system: You are a helpful assistant.
user:
Analyze the provided spectrum to determine if it is a **White Dwarf (WD)**.

A White Dwarf spectrum is defined by its **extreme purity** (due to gravitational settling) and/or **extreme pressure broadening** (due to high surface gravity). You must check for one of the following mutually exclusive signatures:

- **Key Visual Indicators (Check for ONE of these types):**

    - **1. DA-Type Signature (Most Common):**
        - **(Primary Feature):** Extreme pressure broadening (Stark broadening) of the **Hydrogen (H) Balmer lines**.
        - **(Key Lines):** $H\beta$ (approx. $4861$ Å) and $H\gamma$ (approx. $4340$ Å). $H\alpha$ (approx. $6563$ Å) will also be present if the wavelength range covers it.
        - **(Line Profile):** This is the **defining feature**. The lines are **NOT** sharp. They appear as massive, **extremely broad and deep "troughs" or "dips"** in the spectrum, often hundreds of Ångströms wide. The continuum will appear to "scoop" down at these wavelengths.
        - **(Distinction):** Normal A-type or B-type stars have *narrow* and *sharp* Hydrogen lines. A DA White Dwarf's lines are unmistakably "smeared" or "blurry" from pressure.

    - **2. DB-Type Signature:**
        - **(Primary Feature):** Broad absorption lines from **Neutral Helium (He I)**. The spectrum must lack any visible Hydrogen lines.
        - **(Key Lines):** Look for broad absorption near $4471$ Å, $4921$ Å, and $5876$ Å.
        - **(Line Profile):** These lines are also significantly pressure-broadened, appearing much wider than they would in a normal B-type main-sequence star.

    - **3. DC-Type Signature:**
        - **(Primary Feature):** A **featureless continuous spectrum**.
        - **(Line Profile):** The spectrum is a smooth curve with **no significant absorption or emission lines**.
        - **(Key Confirmation):** The continuum is almost always **blue or white**, indicating a hot object. This signature implies the atmosphere is so pure (or so cool) that no spectral lines are visible in the optical range. Its WD identity is confirmed by its extremely low intrinsic brightness (high absolute magnitude).

    - **4. DZ-Type Signature (Metal-Polluted):**
        - **(Primary Feature):** **Isolated, narrow metal absorption lines** on an otherwise featureless (DC-like) continuum.
        - **(Key Lines):** The **Calcium (Ca II) H & K doublet** (approx. **$3934$ Å** and **$3968$ Å**) is the most common and defining feature.
        - **(Line Profile):** These lines are "out of place." They are *not* part of a "forest" of thousands of lines. This signature is evidence of recent *accretion* (pollution) from rocky debris.
        - **(Distinction):** Normal G/K/M stars have a *dense forest* of thousands of metal lines. A DZ has a *clean* continuum with *only a few* strong metal lines.

    - **5. DQ-Type Signature (Carbon-Polluted):**
        - **(Primary Feature):** Absorption bands from **Carbon (C₂ "Swan Bands" or atomic C I)**.
        - **(Key Lines - C₂):** Look for bandheads with a "saw-tooth" shape near $5635$ Å, **$5165$ Å** (strongest), and $4737$ Å.
        - **(Key Confirmation):** The underlying **continuum must be blue or white** (hot).
        - **(Distinction):** This is the critical difference from a **Carbon Star**, which has the *exact same* C₂ bands but on an extremely **red, cool** continuum.

- **(Overall Spectrum):**
    - The continuum (overall shape) is typically **blue-sloping** (brighter in the blue than the red), as most white dwarfs are very hot.
    - The spectrum will look "pure" or "simple," dominated by only *one* of the five signatures listed above.

Think first, call **spectral_visualization_tool** if needed to examine features in detail, then provide your final answer. Your response must adhere to the following strict rules:
1.  **Overall Structure:** Your response must follow the format `<think>...</think> <tool_call>...</tool_call> (if a tool is used) <answer>...</answer>`.
2.  **Tool Usage Constraint:** You may only make **one** tool call per turn.
3.  **Final Answer Format:** In the `<answer>` tag, your conclusion must be inside a `\boxed{}` command (e.g., `\boxed{YES}` or `\boxed{NO}`), followed by your justification.

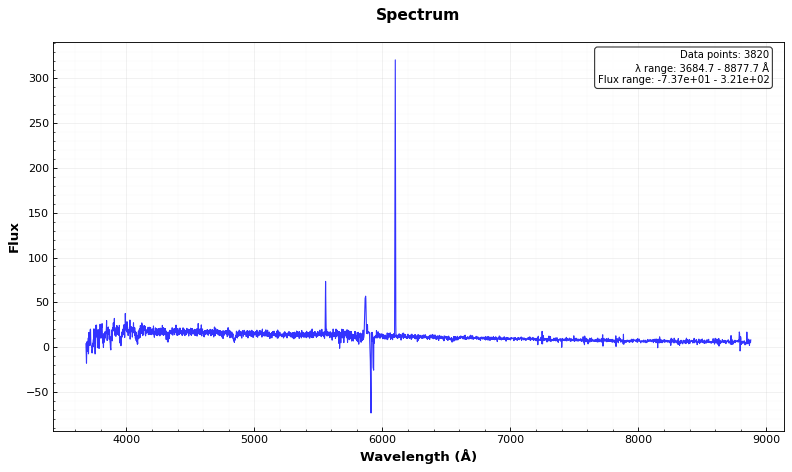
Answer: YES